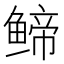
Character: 𬶤